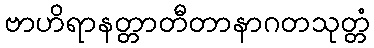
ဗာဟိရာနတ္တာတီတာနာဂတသုတ္တံ